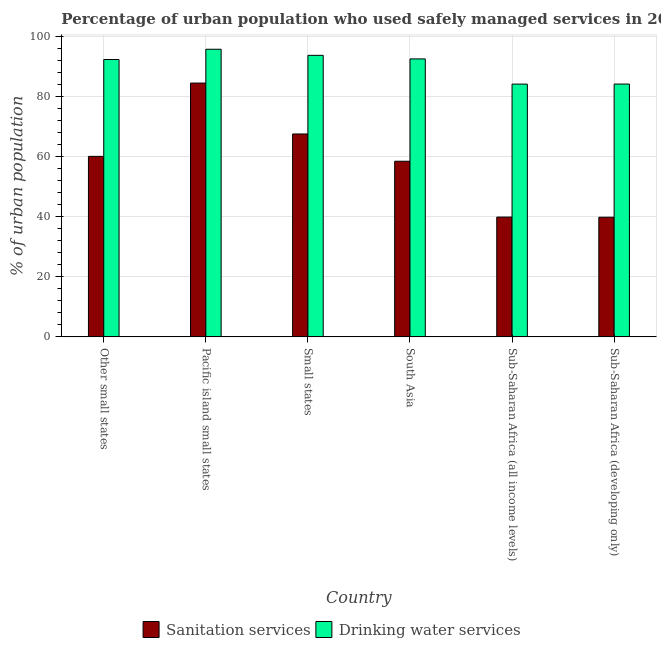
| Country | Sanitation services | Drinking water services |
 | --- | --- | --- |
 | Other small states | 60.1 | 92.4 |
 | Pacific island small states | 84.6 | 95.8 |
 | Small states | 67.6 | 93.8 |
 | South Asia | 58.5 | 92.6 |
 | Sub-Saharan Africa (all income levels) | 39.9 | 84.2 |
 | Sub-Saharan Africa (developing only) | 39.9 | 84.2 |